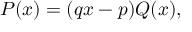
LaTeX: P ( x ) = ( q x - p ) Q ( x ) ,